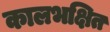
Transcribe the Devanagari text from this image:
कालभक्षित